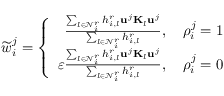
\widetilde { w } _ { i } ^ { j } = \left\{ \begin{array} { r } { \frac { \sum _ { l \in \mathcal { N } _ { i } ^ { r } } h _ { i , l } ^ { r } \mathbf { u } ^ { j } \mathbf { K } _ { l } \mathbf { u } ^ { j } } { \sum _ { l \in \mathcal { N } _ { i } ^ { r } } h _ { i , l } ^ { r } } , \quad \rho _ { i } ^ { j } = 1 } \\ { \varepsilon \frac { \sum _ { l \in \mathcal { N } _ { i } ^ { r } } h _ { i , l } ^ { r } \mathbf { u } ^ { j } \mathbf { K } _ { l } \mathbf { u } ^ { j } } { \sum _ { l \in \mathcal { N } _ { i } ^ { r } } h _ { i , l } ^ { r } } , \quad \rho _ { i } ^ { j } = 0 } \end{array} \right.